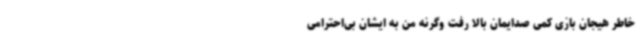
خاطر هیجان بازی کمی صدایمان بالا رفت وگرنه من به ایشان بی‌احترامی